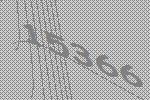
15366